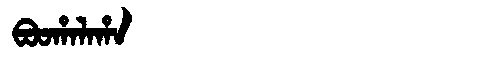
Manchu: ᠪᠣᠣᡥᠠᠯᠠᡥᠠ
Romanization: BOOHALAHA